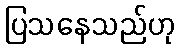
ပြသနေသည်ဟု